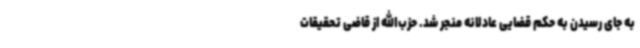
به جای رسیدن به حکم قضایی عادلانه منجر شد. حزب‌الله از قاضی تحقیقات